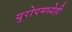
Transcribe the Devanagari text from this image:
युरोपमध्येही